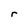
Character: r